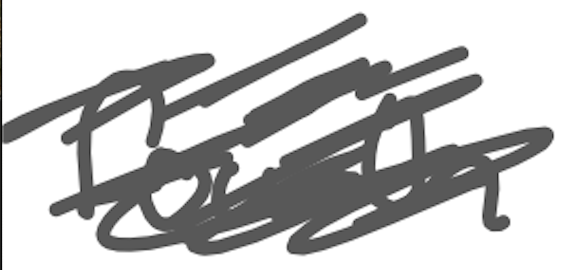
Text: fourth
Cross-out: scratch
Writing tool: digital_gray